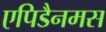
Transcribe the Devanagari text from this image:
एपिडैनमस